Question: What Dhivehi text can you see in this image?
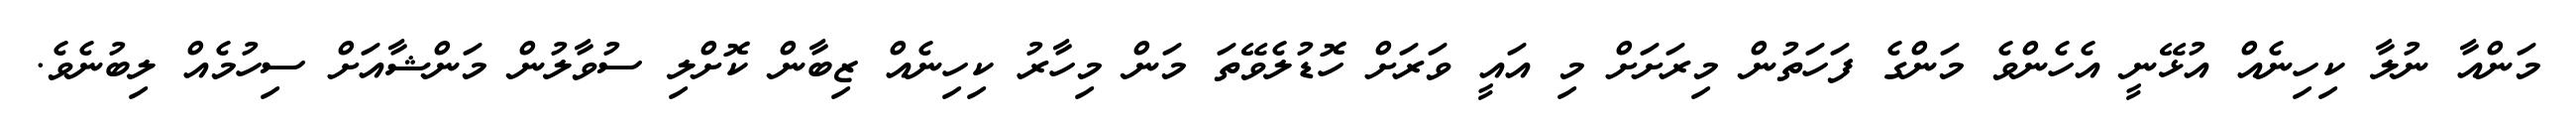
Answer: މަންއާ ނުލާ ކިހިނެއް އުޅޭނީ އެހެންވެ މަންގެ ފަހަތުން މިރަށަށް މި އައީ ވަރަށް ހޮޑުލެވޭތަ މަން މިހާރު ކިހިނެއް ޒިބާން ކޮށްލި ސުވާލުން މަންޝާއަށް ސިހުމެއް ލިބުނެވެ.